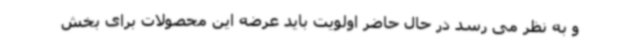
و به نظر می رسد در حال حاضر اولویت باید عرضه این محصولات برای بخش